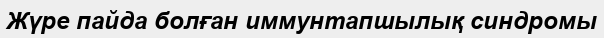
Жүре пайда болған иммунтапшылық синдромы